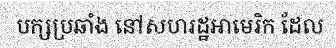
បក្សប្រឆាំង នៅសហរដ្ឋអាមេរិក ដែល